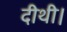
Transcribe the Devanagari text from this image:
दीथी।